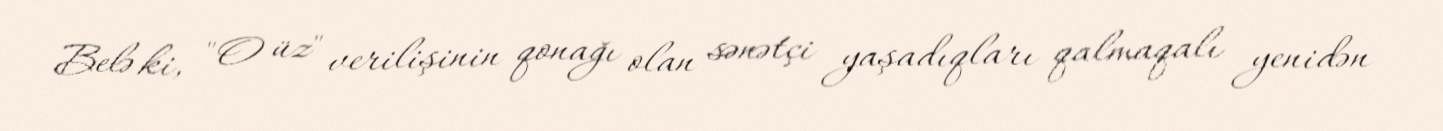
Belə ki, "O üz" verilişinin qonağı olan sənətçi yaşadıqları qalmaqalı yenidən